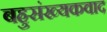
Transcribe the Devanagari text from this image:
बहुसंख्यकवाद